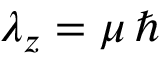
\lambda _ { z } = \mu \, \hbar